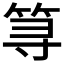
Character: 𱷽